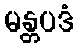
မန္တပဒံ